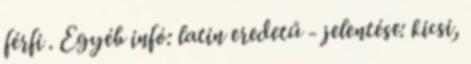
férfi . Egyéb infó: latin eredetű - jelentése: kicsi,